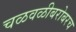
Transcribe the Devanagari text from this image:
चळवळीबरोबरच